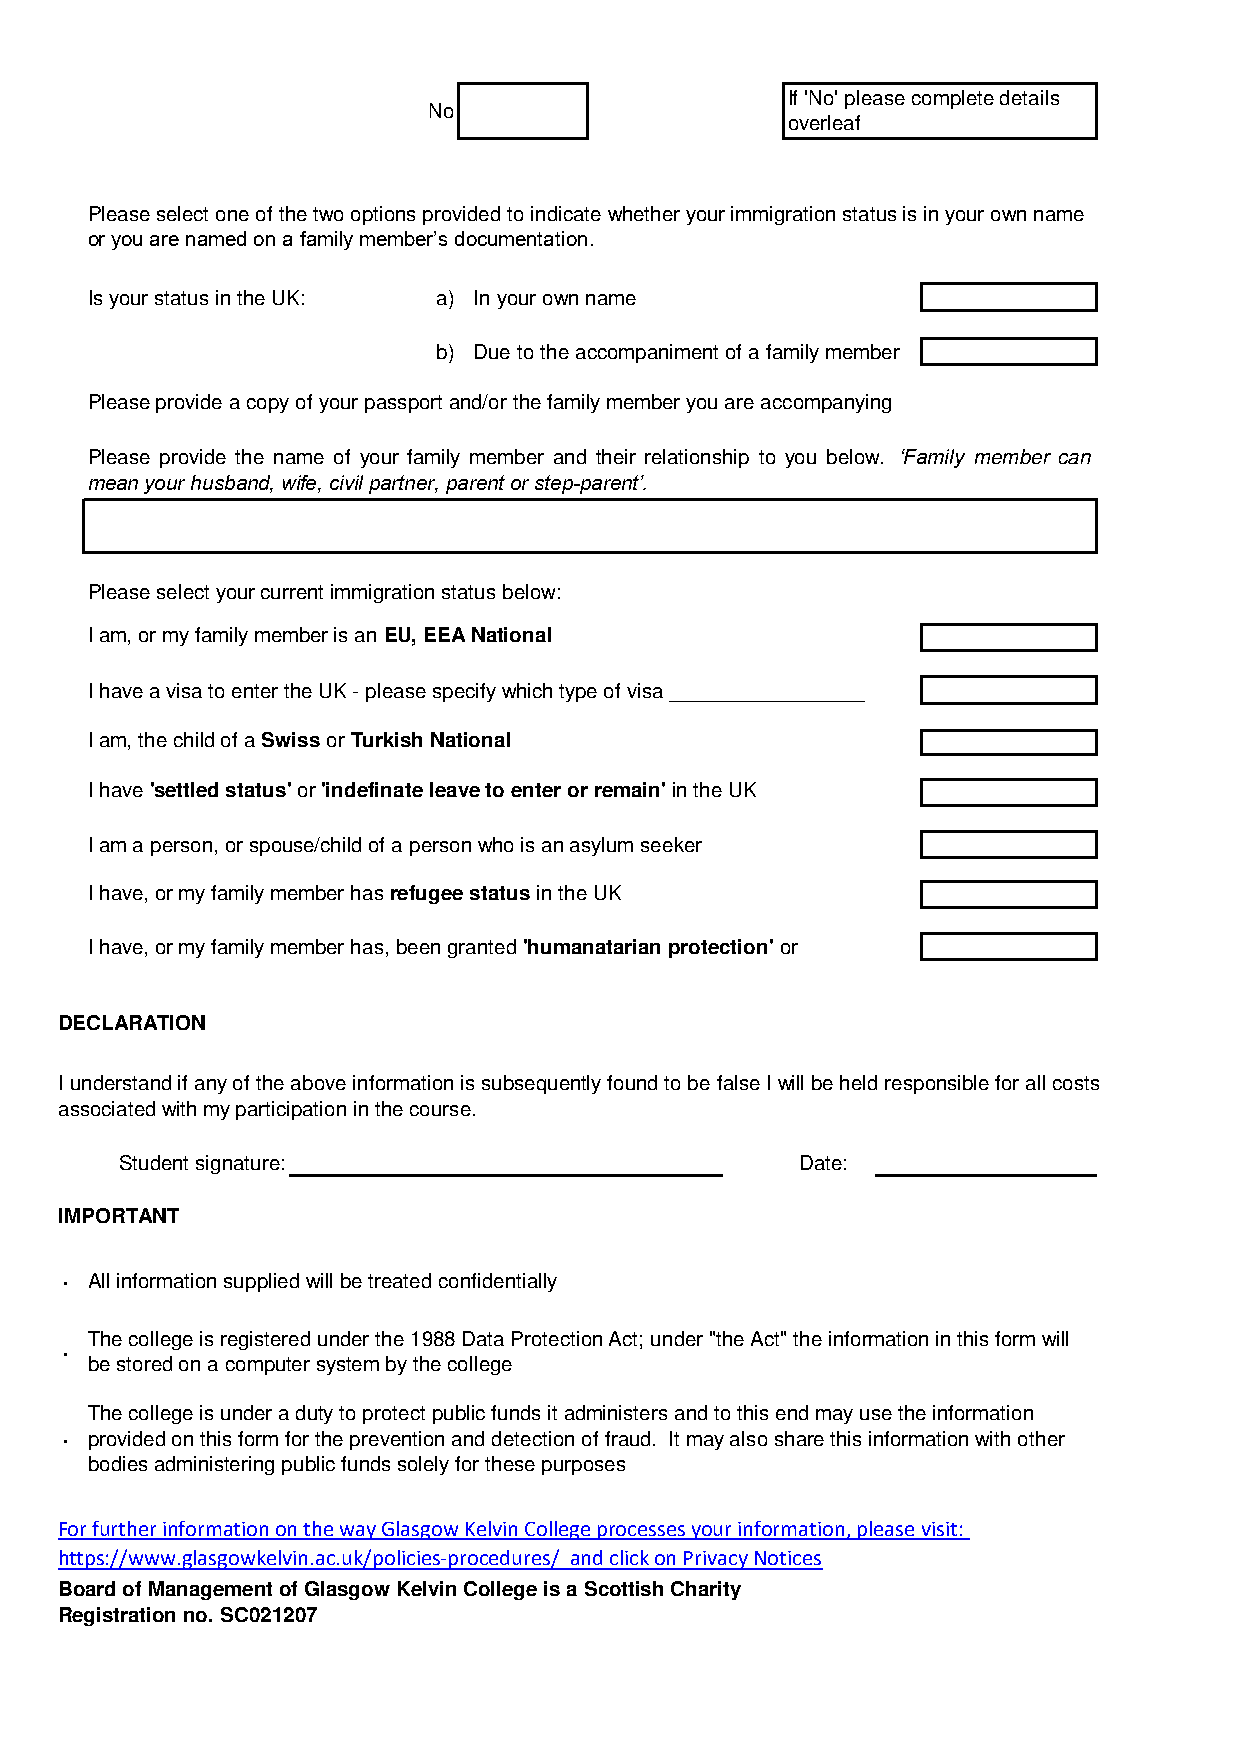
If 'No' please complete details
 No
 overleaf
 Please select one of the two options provided to indicate whether your immigration status is in your own name
 or you are named on a family member’s documentation.
 Is your status in the UK: a) In your own name
 b) Due to the accompaniment of a family member
 Please provide a copy of your passport and/or the family member you are accompanying
 Please provide the name of your family member and their relationship to you below. ‘Family member can
 mean your husband, wife, civil partner, parent or step-parent’.
 Please select your current immigration status below:
 I am, or my family member is an EU, EEA National
 I have a visa to enter the UK - please specify which type of visa _________________
 I am, the child of a Swiss or Turkish National
 I have 'settled status' or 'indefinate leave to enter or remain' in the UK
 I am a person, or spouse/child of a person who is an asylum seeker
 I have, or my family member has refugee status in the UK
 I have, or my family member has, been granted 'humanatarian protection' or
 DECLARATION
 I understand if any of the above information is subsequently found to be false I will be held responsible for all costs
 associated with my participation in the course.
 Student signature:                           Date:
 IMPORTANT
 · All information supplied will be treated confidentially
 The college is registered under the 1988 Data Protection Act; under "the Act" the information in this form will
 ·
 be stored on a computer system by the college
 The college is under a duty to protect public funds it administers and to this end may use the information
 · provided on this form for the prevention and detection of fraud. It may also share this information with other
 bodies administering public funds solely for these purposes
 For further information on the way Glasgow Kelvin College processes your information, please visit:
 https://www.glasgowkelvin.ac.uk/policies-procedures/ and click on Privacy Notices
 Board of Management of Glasgow Kelvin College is a Scottish Charity
 Registration no. SC021207